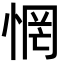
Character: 惘